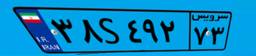
۳۸S۴۹۲۷۳